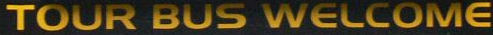
TOUR BUS WELCOME